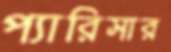
প্যারিসার